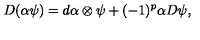
D ( \alpha \psi ) = d \alpha \otimes \psi + ( - 1 ) ^ { p } \alpha D \psi ,